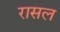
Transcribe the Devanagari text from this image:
रासल